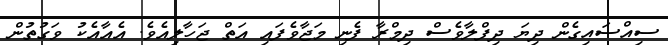
ސިއްސައިގެން ދިޔަ ދިފްލާވެސް ދިމްރާ ފެނި މަޖާވެފައި އަތް ޖަހާލިއެވެ. އެއާއެކު ވަގުތުން